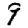
Digit: 9